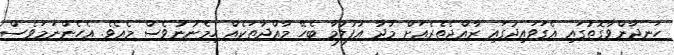
ހަނދާންވާގޮތުގައި އެގަވައިދުގައި ރާއްޖެތެރެއަށް މުދާ އުފުލުމާ ބެހޭ މާއްދާތަކެއް ހިމެނުނުވެސް މެއެވެ. އެހެންނަމަވެސް